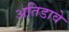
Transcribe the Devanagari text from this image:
अतिडावे